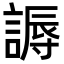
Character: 𬢾